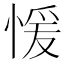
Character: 愋